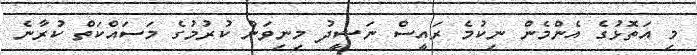
މި އަތޮޅުގެ އެންމެން ނިކުމެ ރައީސް ނަޝީދު މިނިވަން ކުރުމުގެ މަސައްކަތް ކުރާނެ